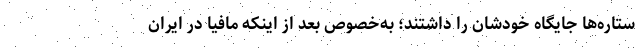
ستاره‌ها جایگاه خودشان را داشتند؛ به‌خصوص بعد از اینکه مافیا در ایران